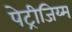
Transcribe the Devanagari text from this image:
पेट्रीजिय्म